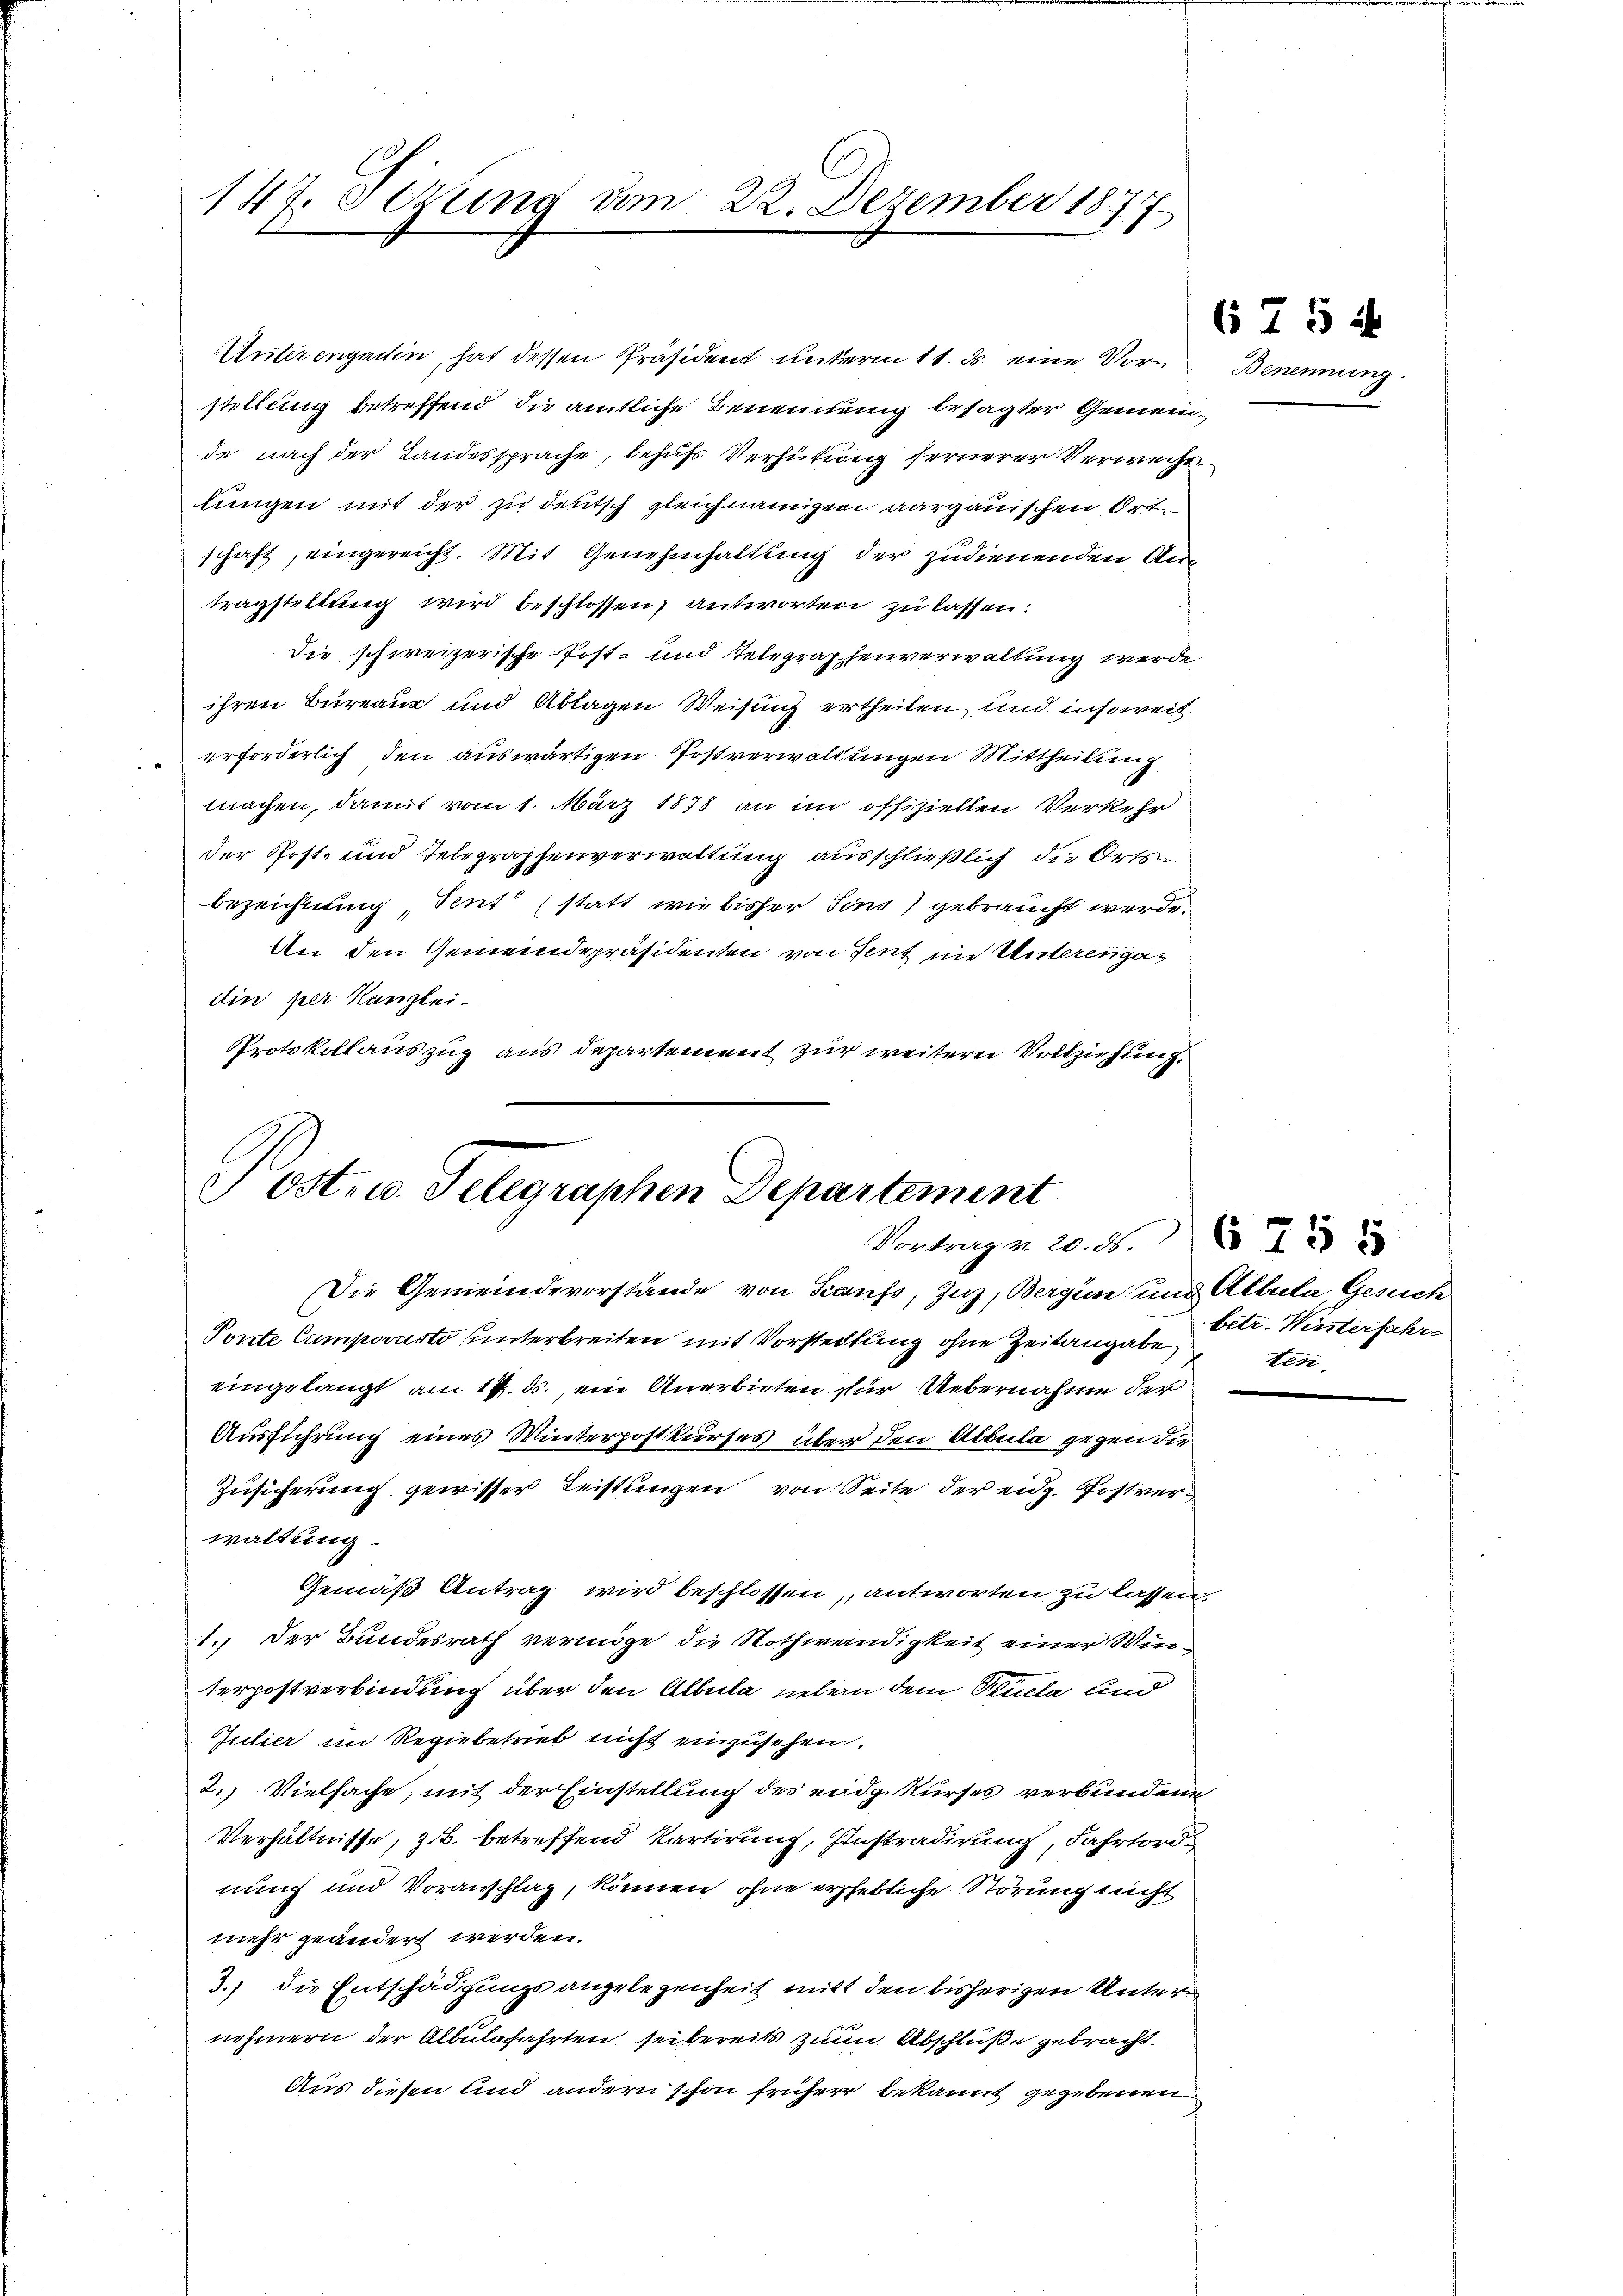
147. Sezung am 22. Dezember 1877

Unterengadin, hat dessen Präsident unterm 11. ds. eine Vor- Benennung
stellung betreffend die amtliche Benennung besagter Gemeinde nach der Landessprache, behufs Verhütung fernerer Verwache
lungen mit der zu deutsch gleichnamigen aargauischen Ortschaft, eingereicht. Mit Genehmhaltung der zudienenden Antragstellung wird beschlossen, antworten zu lassen:
Die schweizerische Post- und Telegraphenverwaltung werde
ihren Bureaus und Ablagen Weisung ertheilen, und insoweit
erforderlich den auswärtigen Postverwaltungen Mittheilung
machen, damit vom 1. März 1878 an im offiziellen Verkehr
der Post- und Telegraphenverwaltung ausschließlich die Orts
bezeichnung Tent“ (statt wie bisher Sins) gebraucht werde.
An den Gemeindepräsidenten von Sent im Unterengadin per Kanzlei.
Protokollauszug aus Departement zur weitern Vollziehung.

Post- u. Telegraphen Departement
Vortragen 20. ds.

Die Gemeindevorstände von Kaufs, Zug, Bergen und Albula, Gesuch
Ponte Campovusto unterbreiten mit Vorsteckung ohne Zeitangabe
eingelangt am 14. ds., ein Anerbieten für Uebernahme der
Ausführung eines Winterpostkurses über den Albula gegen die
Zusicherung gewisser Leistungen von Seite der eidg. Postverwaltung.
Gemäß Antrag wird beschlossen, antworten zu lassen
1. Der Bundesrath vermöge die Nothwendigkeit einer Winterpostverbindung über den Albula neben dem Puela und
Julier im Regiebetrieb nicht einzusehen.
2. Vielfache, mit der Einstellung des eidgekurses verbundene
Verhältnisse, z. B. betreffend Partirung, Instradirung, Fahrtordnung und Voranschlag, können, ohne erhebliche Störung nicht
mehr geändert werden.
3.) Die Entschädigungsangelegenheit mit den bisherigen Untern
nehmern der Albulafahrten, sei bereits zum Abschlüße gebracht.
Aus diesen und andern schon früher bekannt gegebenen

6 75 ff.

betr. Winterfahr
ten.